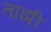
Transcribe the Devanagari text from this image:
ताझी